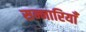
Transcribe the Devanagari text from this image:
सन्नारियाँ